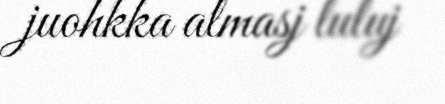
juohkka almasj luluj